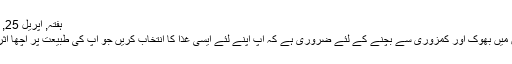
ہفتہ, اپریل 25, 2020
رمضان میں بھوک اور کمزوری سے بچنے کے لئے ضروری ہے کہ آپ اپنے لئے ایسی غذا کا انتخاب کریں جو آپ کی طبیعت پر اچھا اثر ڈالے ۔